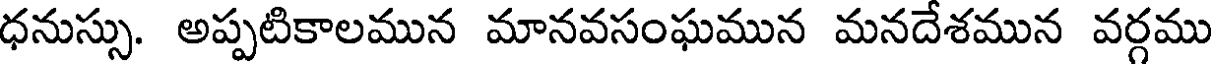
ధనుస్సు. అప్పటికాలమున మానవసంఘమున మనదేశమున వర్గము